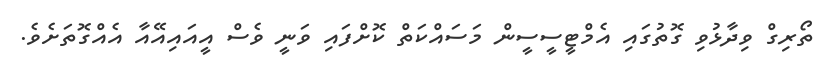
ތޯރިގް ވިދާޅުވި ގޮތުގައި އެމްޓީސީސީން މަސައްކަތް ކޮށްފައި ވަނީ ވެސް އީއައިއޭއާ އެއްގޮތަށެވެ.